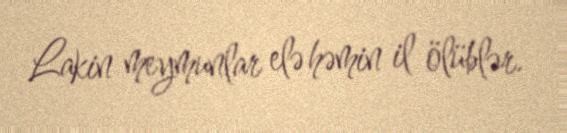
Lakin meymunlar elə həmin il ölüblər.